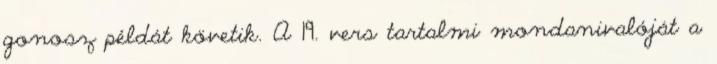
gonosz példát követik. A 19. vers tartalmi mondanivalóját a